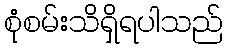
စုံစမ်းသိရှိရပါသည်